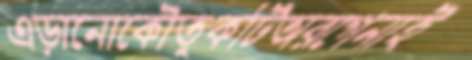
এড়ানোকৌতুকটিঅরগেনাই